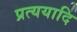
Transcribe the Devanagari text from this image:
प्रत्ययादि